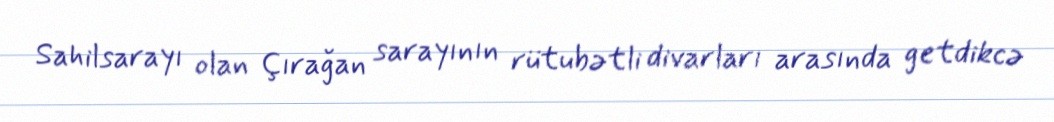
Sahilsarayı olan Çırağan sarayının rütubətli divarları arasında getdikcə